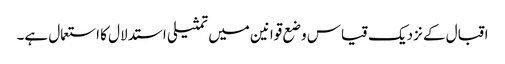
اقبال کے نزدیک قیاس وضع قوانین میں تمثیلی استدلال کا استعمال ہے۔